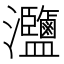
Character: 𤅸